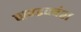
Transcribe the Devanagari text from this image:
पाण्डववंश